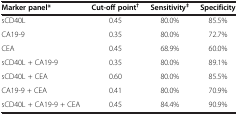
<table><thead><tr><td><b>Marker panel*</b></td><td><b>Cut-off point<sup>†</sup></b></td><td><b>Sensitivity<sup>‡</sup></b></td><td><b>Specificity</b></td></tr></thead><tbody><tr><td>sCD40L</td><td>0.45</td><td>80.0%</td><td>85.5%</td></tr><tr><td>CA19-9</td><td>0.35</td><td>80.0%</td><td>72.7%</td></tr><tr><td>CEA</td><td>0.45</td><td>68.9%</td><td>60.0%</td></tr><tr><td>sCD40L + CA19-9</td><td>0.35</td><td>80.0%</td><td>89.1%</td></tr><tr><td>sCD40L + CEA</td><td>0.60</td><td>80.0%</td><td>85.5%</td></tr><tr><td>CA19-9 + CEA</td><td>0.41</td><td>80.0%</td><td>70.9%</td></tr><tr><td>sCD40L + CA19-9 + CEA</td><td>0.45</td><td>84.4%</td><td>90.9%</td></tr></tbody></table>